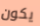
يكون